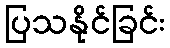
ပြသနိုင်ခြင်း